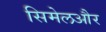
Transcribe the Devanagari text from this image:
सिमेलऔर